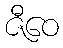
ဇီဝေ